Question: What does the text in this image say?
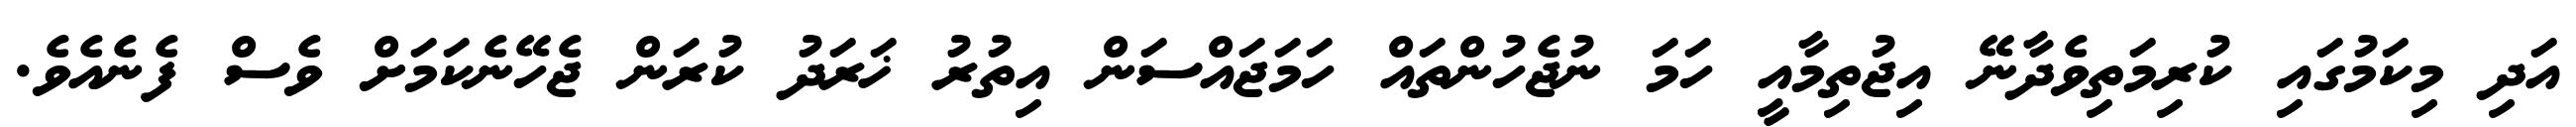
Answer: އަދި މިކަމުގައި ކުރިމަތިވެދާނޭ އިޖުތިމާއީ ހަމަ ނުޖެހުންތައް ހަމަޖައްސަން އިތުރު ޚަރަދު ކުރަން ޖެހޭނެކަމަށް ވެސް ފެނެއެވެ.